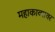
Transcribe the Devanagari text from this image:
महाकाव्यावर